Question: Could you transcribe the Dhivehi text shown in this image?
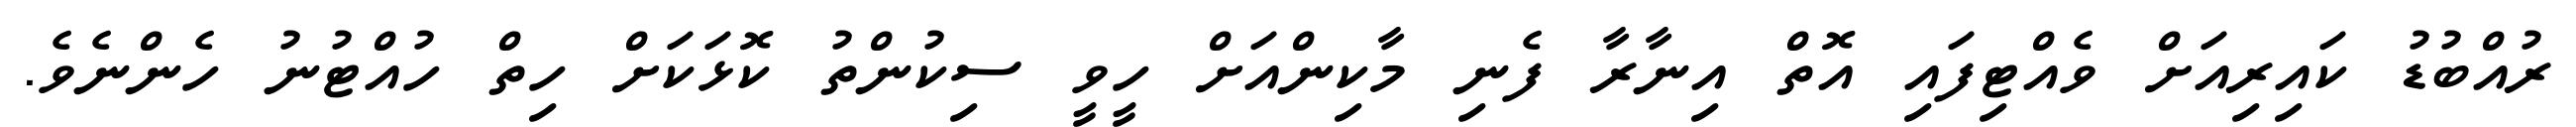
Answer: ރުއްބުޑު ކައިރިއަށް ވެއްޓިފައި އޮތް އިނާރާ ފެނި މާކިންއަށް ހީވީ ސިކުންތު ކޮޅަކަށް ހިތް ހުއްޓުނު ހެންނެވެ.